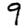
Digit: 9